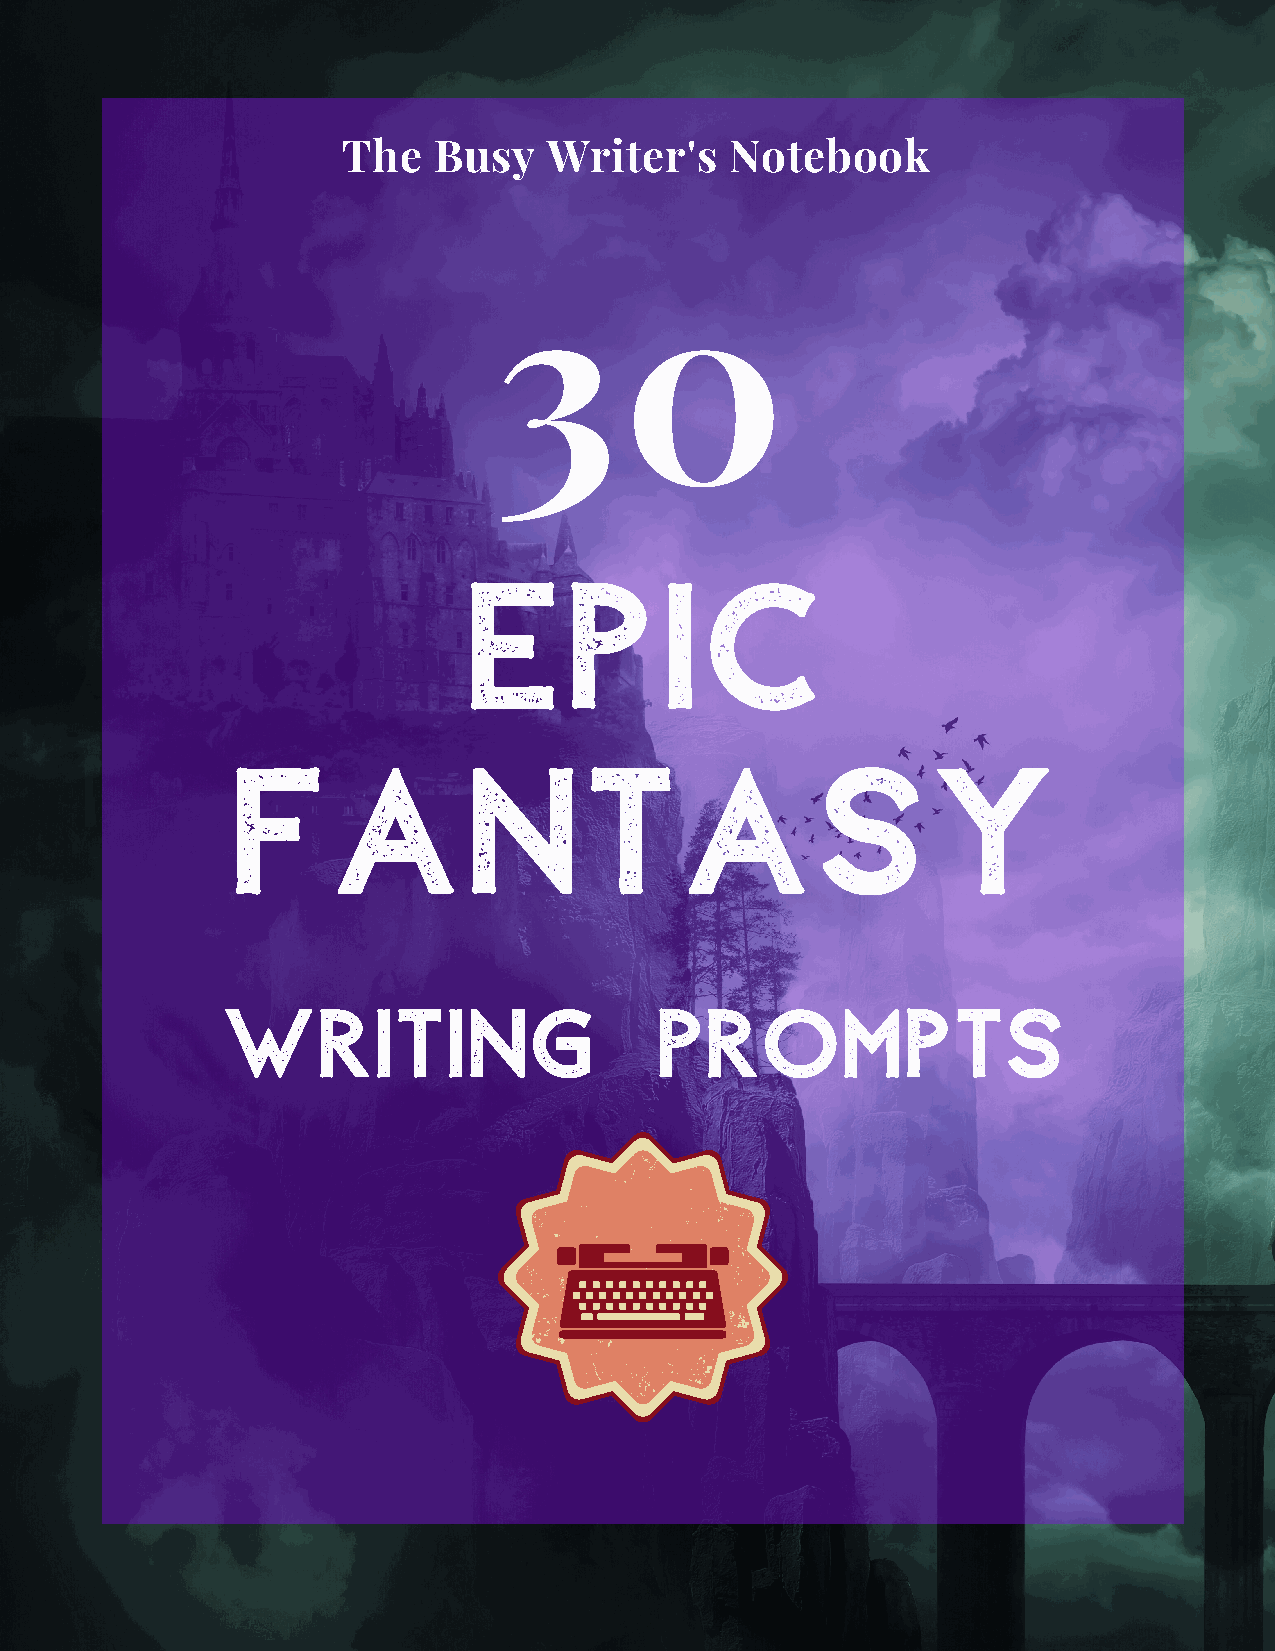
The   Busy   Writer's    Notebook
 30
 E     p      i  c
 F      a        n       t     a        s       y
 Writing                     Prompts